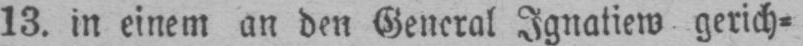
gerich⸗